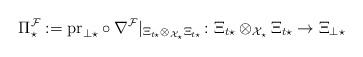
LaTeX: \begin{align*} \Pi_\star^\mathcal{F}:=\mathrm{pr}_{\perp\star}\circ\nabla^\mathcal{F}|_{ \Xi_{t\star}\otimes_{\mathcal{X}_\star}\Xi_{t\star}} \colon\Xi_{t\star}\otimes_{\mathcal{X}_\star}\Xi_{t\star}\rightarrow\Xi_{\perp\star}\end{align*}